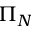
\Pi _ { N }